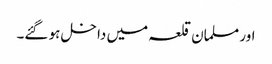
اور مسلمان قلعہ میں داخل ہو گئے۔